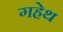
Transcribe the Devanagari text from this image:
गहेथ